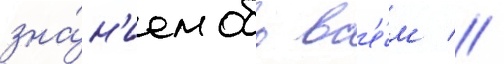
зна́н'ием обо вс'е́м //